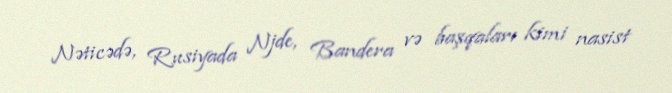
Nəticədə, Rusiyada Njde, Bandera və başqaları kimi nasist